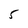
Character: 5